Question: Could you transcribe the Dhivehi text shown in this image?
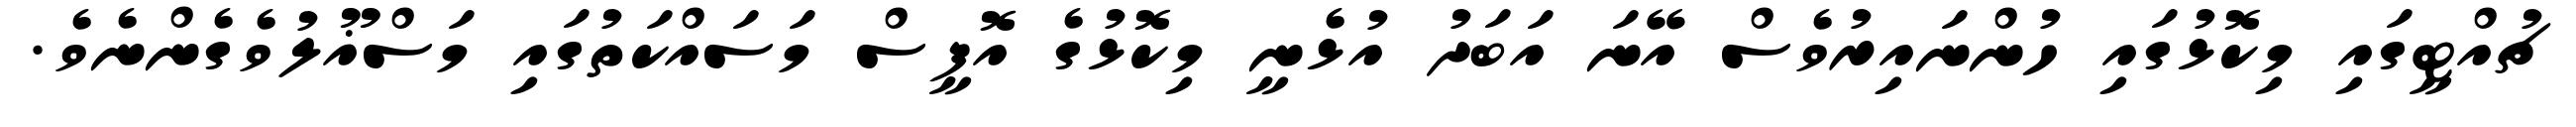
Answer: ޗުއްޓީގައި މިކޮޅުގައި ހުންނައިރުވެސް އޭނަ އަބަދު އުޅެނީ މިކޮޅުގެ އޮފީސް މަސައްކަތުގައި މަސްޣޫލުވެގެންނެވެ.